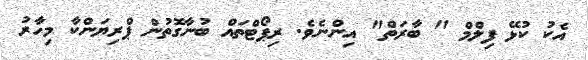
އެކު ކުޅޭ ފިލްމް " ބާރަތް" އިންނެވެ. ރިޕޯޓްތައް ބުނާގޮތުން ޕްރިޔަންކާ މިހާރު